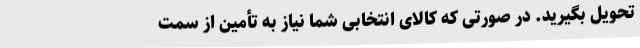
تحویل بگیرید. در صورتی که کالای انتخابی شما نیاز به تأمین از سمت